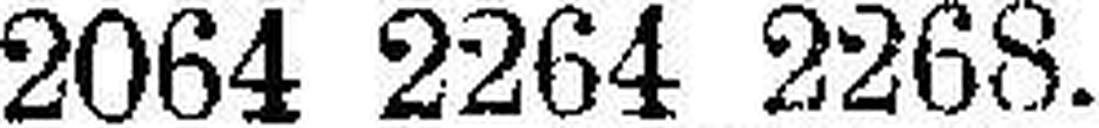
2064 2264 2268.